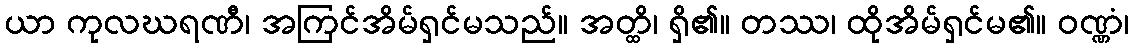
ယာ ကုလဃရဏီ၊ အကြင်အိမ်ရှင်မသည်။ အတ္ထိ၊ ရှိ၏။ တဿ၊ ထိုအိမ်ရှင်မ၏။ ဝဏ္ဏံ၊